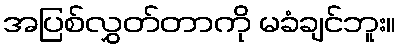
အပြစ်လွှတ်တာကို မခံချင်ဘူး။